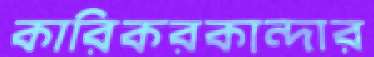
কারিকরকান্দার